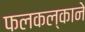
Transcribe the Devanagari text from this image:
फलकल्काने